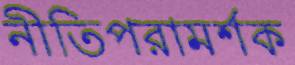
নীতিপরামর্শক